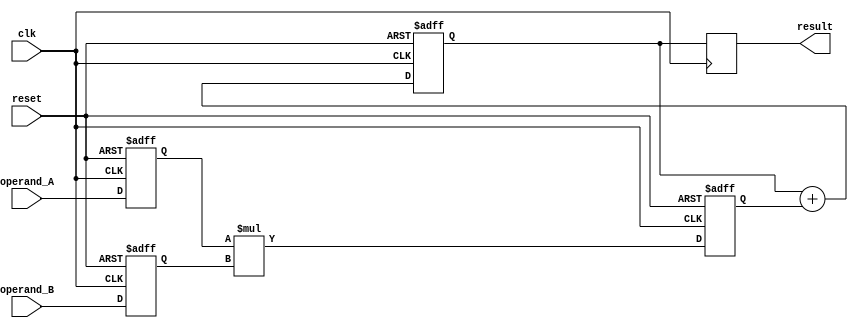
module Modified_Booth_Multiplier(
    input wire clk,
    input wire reset,
    input wire [7:0] operand_A,
    input wire [7:0] operand_B,
    output reg [15:0] result
);

reg [7:0] A, B;
reg [15:0] partial_product;
reg [15:0] accumulated_result;

// Booth encoder implementation
always @(posedge clk or posedge reset) begin
    if (reset) begin
        A <= 8'b0;
        B <= 8'b0;
    end else begin
        A <= operand_A;
        B <= operand_B;
    end
end

// Partial product generation stage
always @(posedge clk or posedge reset) begin
    if (reset) begin
        partial_product <= 16'b0;
    end else begin
        partial_product <= A * B;
    end
end

// Partial product reduction stage
always @(posedge clk or posedge reset) begin
    if (reset) begin
        accumulated_result <= 16'b0;
    end else begin
        accumulated_result <= accumulated_result + partial_product;
    end
end

// Final accumulation stage
always @(posedge clk) begin
    result <= accumulated_result;
end

endmodule